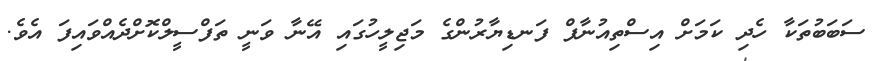
ސަބަބުތަކާ ހެދި ކަމަށް އިސްތިއުނާފް ފަނޑިޔާރުންގެ މަޖިލީހުގައި އޭނާ ވަނީ ތަފްސީލްކޮށްދެއްވައިފަ އެވެ.